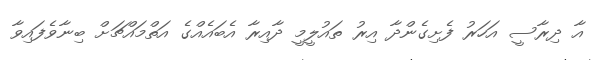
އާ ދިރާސީ އަހަރު ފެށިގެންދާ އިރު ތައުލީމީ ދާއިރާ އެބައެއްގެ އަތްމައްޗަށް ބިނާވެފައިވާ